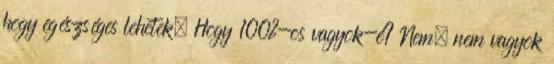
hogy egészséges lehetek. Hogy 100%-os vagyok-e? Nem, nem vagyok